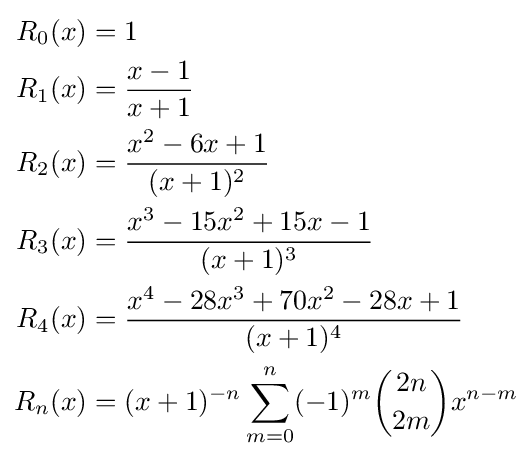
{\begin{aligned}R_{0}(x)&=1\\R_{1}(x)&={\frac {x-1}{x+1}}\\R_{2}(x)&={\frac {x^{2}-6x+1}{(x+1)^{2}}}\\R_{3}(x)&={\frac {x^{3}-15x^{2}+15x-1}{(x+1)^{3}}}\\R_{4}(x)&={\frac {x^{4}-28x^{3}+70x^{2}-28x+1}{(x+1)^{4}}}\\R_{n}(x)&=(x+1)^{-n}\sum _{m=0}^{n}(-1)^{m}{\binom {2n}{2m}}x^{n-m}\end{aligned}}